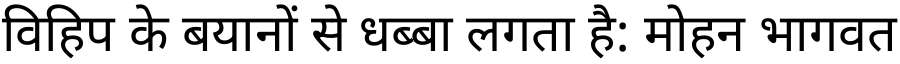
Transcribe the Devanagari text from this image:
विहिप के बयानों से धब्बा लगता है: मोहन भागवत